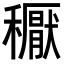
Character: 𥣘